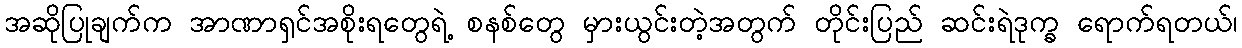
အဆိုပြုချက်က အာဏာရှင်အစိုးရတွေရဲ့ စနစ်တွေ မှားယွင်းတဲ့အတွက် တိုင်းပြည် ဆင်းရဲဒုက္ခ ရောက်ရတယ်၊